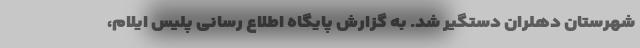
شهرستان دهلران دستگیر شد. به گزارش پایگاه اطلاع رسانی پلیس ایلام،